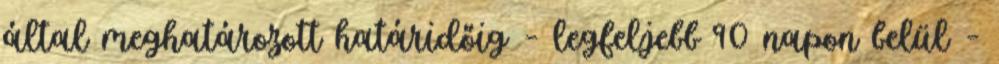
által meghatározott határidőig – legfeljebb 90 napon belül –